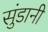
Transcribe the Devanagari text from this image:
सुंडानी